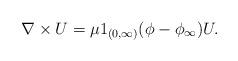
LaTeX: \begin{align*}\nabla \times U=\mu 1_{(0,\infty)}(\phi-\phi_{\infty} ) U.\end{align*}